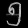
Digit: ၅